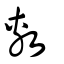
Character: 旉